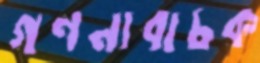
গণনাবাচক